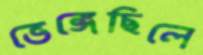
ভেঙ্গেছিলে